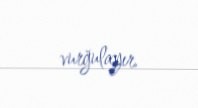
vurğulayır.